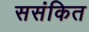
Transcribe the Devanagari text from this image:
ससंकित